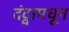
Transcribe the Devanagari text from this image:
दंद्वामधून